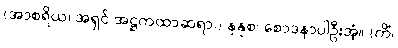
(အာစရိယ၊ အရှင် အဋ္ဌကထာဆရာ၊) နနုစ၊ စောဒနာပါဦးအံ့။ (ကိံ၊